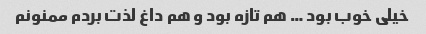
خیلی خوب بود … هم تازه بود و هم داغ لذت بردم ممنونم